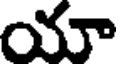
యా